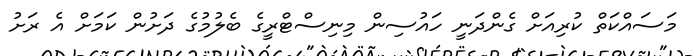
މަސައްކަތް ކުރިއަށް ގެންދަނީ ހައުސިން މިނިސްޓްރީގެ ބެލުމުގެ ދަށުން ކަމަށް އެ ރަށު